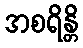
အစရိန္တိ